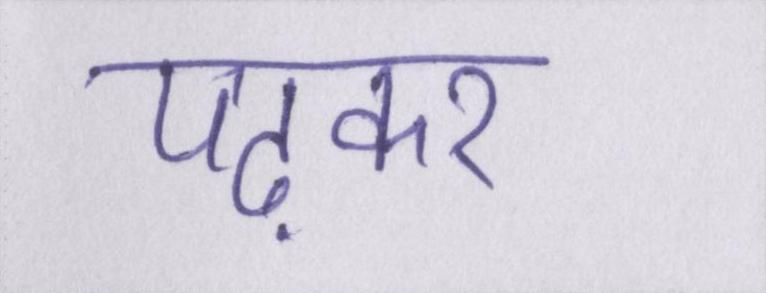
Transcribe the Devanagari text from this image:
पढ़कर